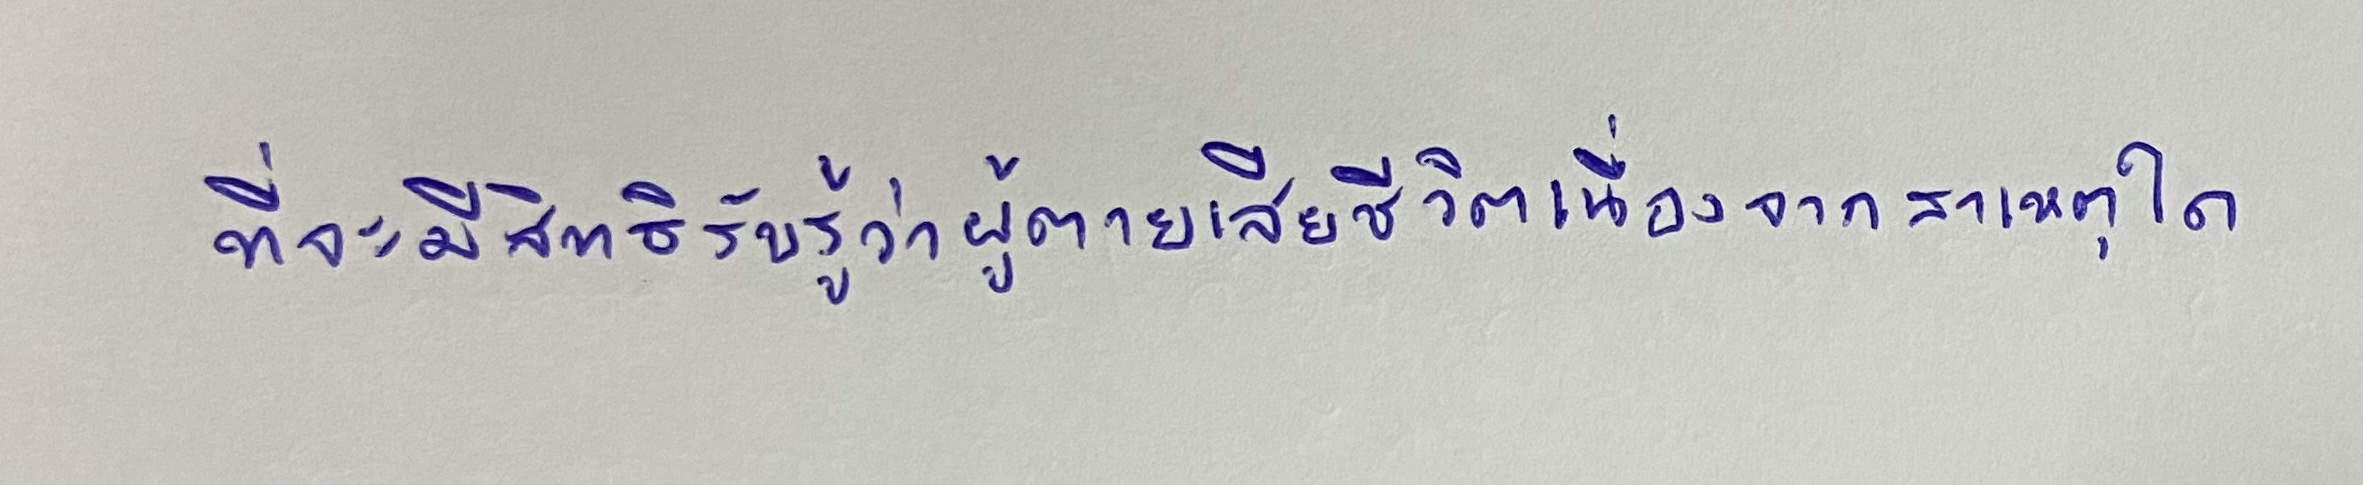
ที่จะมีสิทธิรับรู้ว่าผู้ตายเสียชีวิตเนื่องจากสาเหตุใด